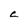
Character: e